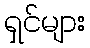
ရှင်များ